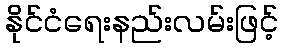
နိုင်ငံရေးနည်းလမ်းဖြင့်